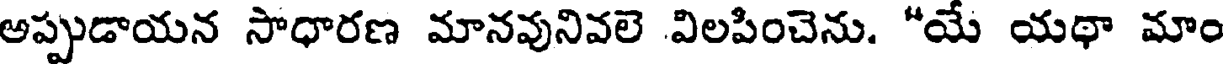
అప్పుడాయన సాధారణ మానవునివలె విలపించెను. "యే యథా మాం